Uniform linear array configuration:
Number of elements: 32
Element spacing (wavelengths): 0.5
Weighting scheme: uniform
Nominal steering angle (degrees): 15
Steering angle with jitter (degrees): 15.211
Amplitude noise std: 0.05
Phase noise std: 0.05

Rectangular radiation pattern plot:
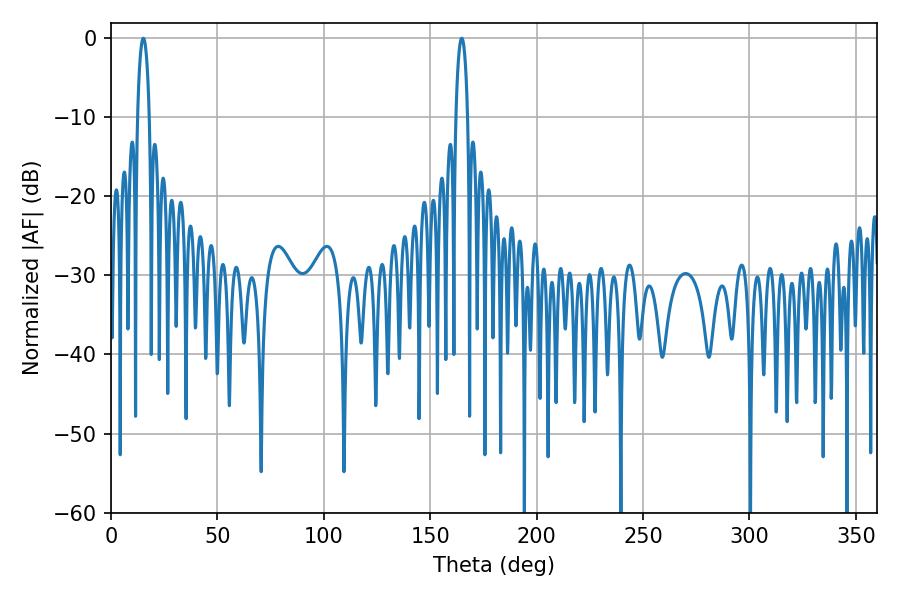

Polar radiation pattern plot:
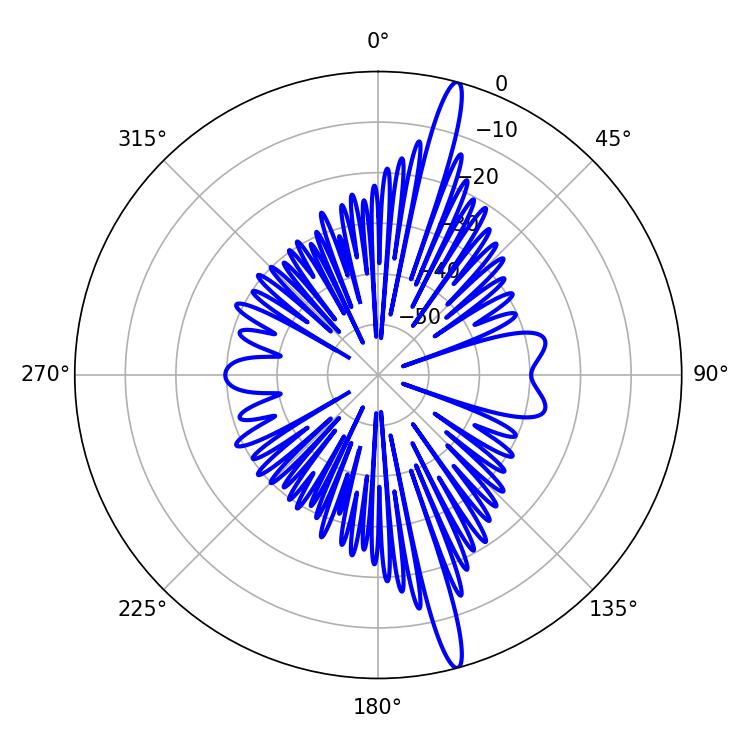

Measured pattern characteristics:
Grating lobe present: FALSE
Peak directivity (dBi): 17.667
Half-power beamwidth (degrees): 3.06
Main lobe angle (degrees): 15.12